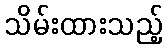
သိမ်းထားသည့်